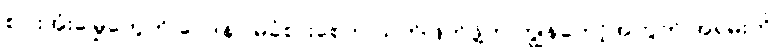
စပါးအုံးမြွေတွေကို ဝေဒနာ မခံစားစေဘဲ သတ်ဖြတ်ဖို့က ကျွန်တော့်အတွက် အရမ်းကို